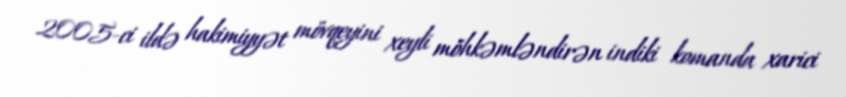
2005-ci ildə hakimiyyət mövqeyini xeyli möhkəmləndirən indiki komanda xarici